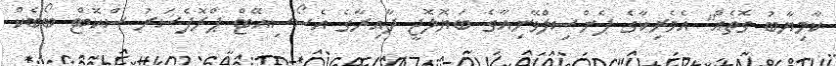
ކާމިޔާބު ގޮތެއް" އެމެރިކާގެ ޕެންސިލްވޭނިއާގެ ބަޔޮލޮޖީ ދާއިރާގެ އެސޯސިއޭޓް ޕްރޮފެސަރު ސްކޮޓް ބޯބެކް